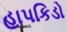
હાપકિડો